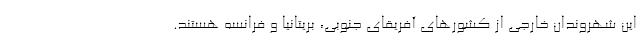
این شهروندان خارجی از کشورهای آفریقای جنوبی، بریتانیا و فرانسه هستند.